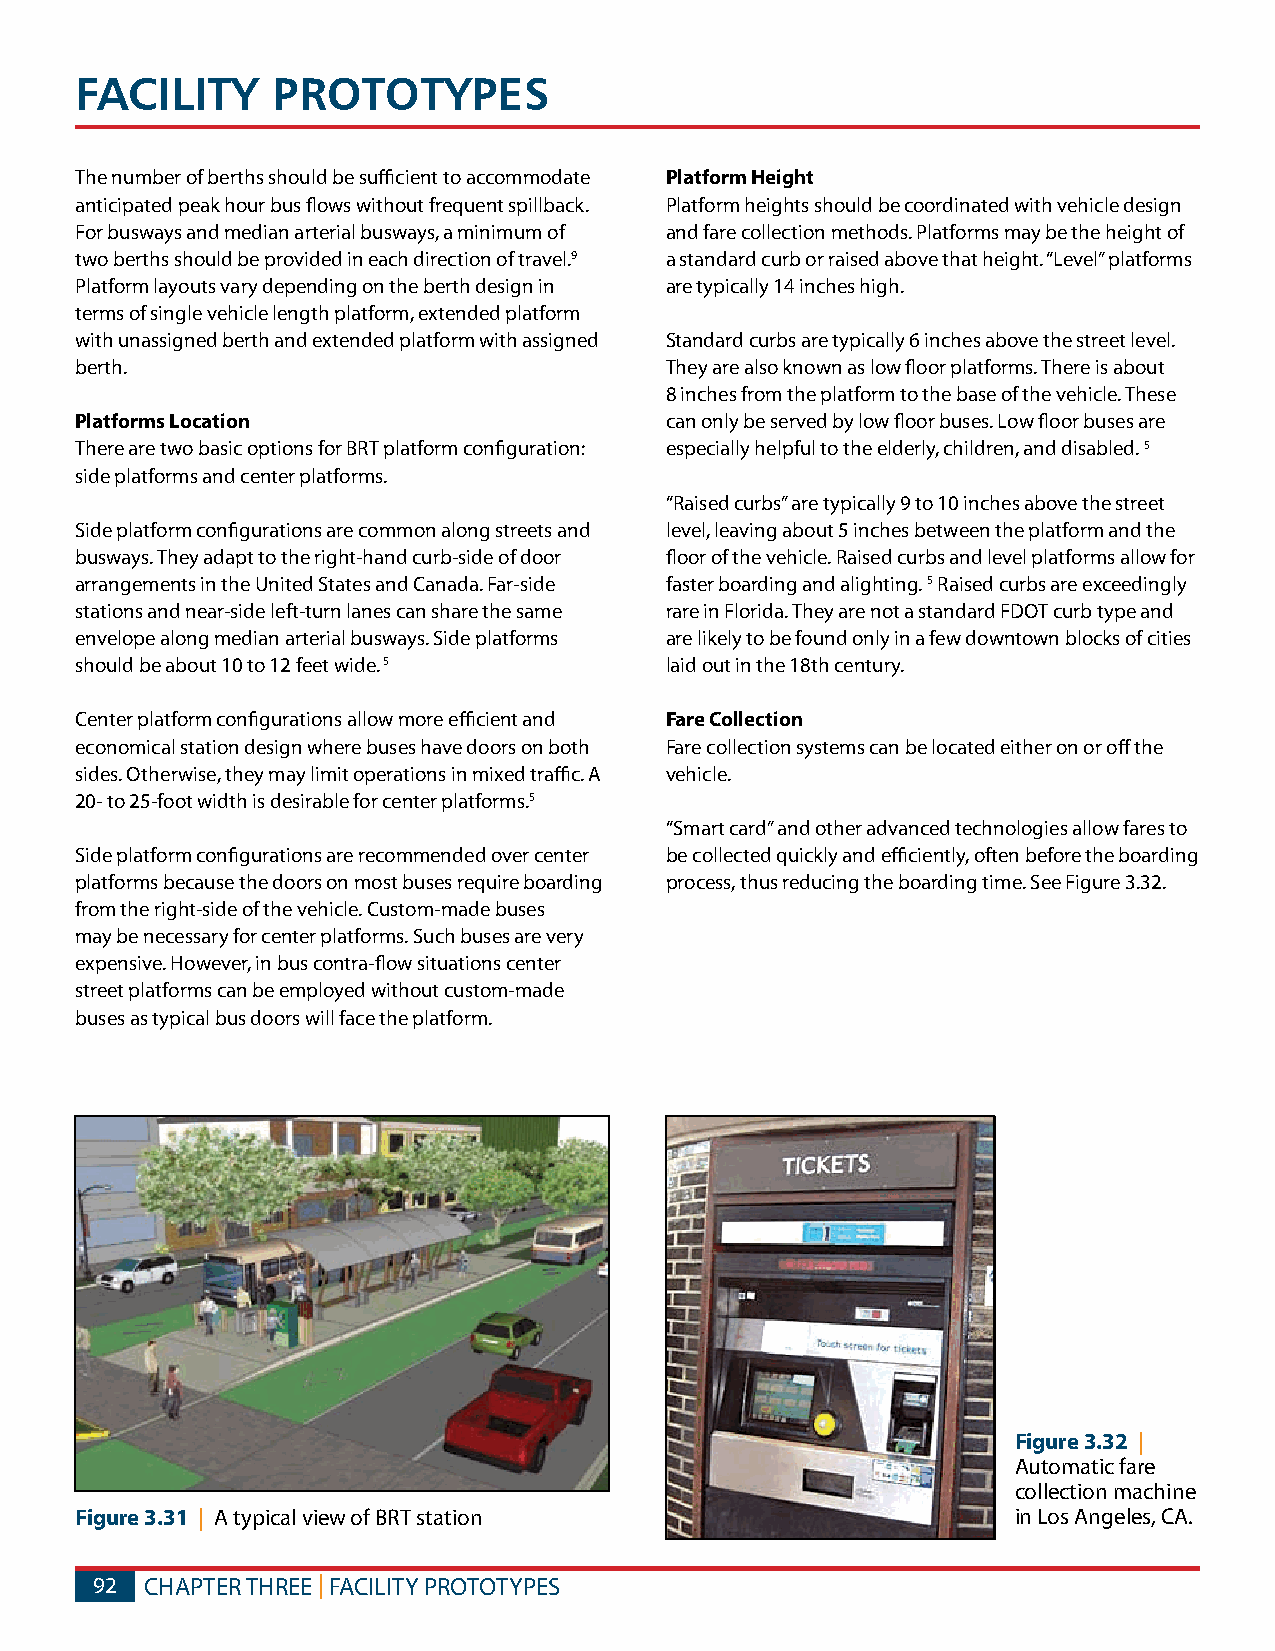
FACILITy     PROTOTyPES
 The number of berths should be sufficient to accommodate Platform Height
 anticipated peak hour bus flows without frequent spillback. Platform heights should be coordinated with vehicle design
 For busways and median arterial busways, a minimum of and fare collection methods. Platforms may be the height of
 two berths should be provided in each direction of travel.9 a standard curb or raised above that height. “Level” platforms
 Platform layouts vary depending on the berth design in are typically 14 inches high.
 terms of single vehicle length platform, extended platform
 with unassigned berth and extended platform with assigned Standard curbs are typically 6 inches above the street level.
 berth.                                 They are also known as low floor platforms. There is about
 8 inches from the platform to the base of the vehicle. These
 Platforms Location                     can only be served by low floor buses. Low floor buses are
 There are two basic options for BRT platform configuration: especially helpful to the elderly, children, and disabled. 5
 side platforms and center platforms.
 “Raised curbs” are typically 9 to 10 inches above the street
 Side platform configurations are common along streets and level, leaving about 5 inches between the platform and the
 busways. They adapt to the right-hand curb-side of door floor of the vehicle. Raised curbs and level platforms allow for
 arrangements in the United States and Canada. Far-side faster boarding and alighting. 5 Raised curbs are exceedingly
 stations and near-side left-turn lanes can share the same rare in Florida. They are not a standard FDOT curb type and
 envelope along median arterial busways. Side platforms are likely to be found only in a few downtown blocks of cities
 should be about 10 to 12 feet wide. 5  laid out in the 18th century.
 Center platform configurations allow more efficient and Fare Collection
 economical station design where buses have doors on both Fare collection systems can be located either on or off the
 sides. Otherwise, they may limit operations in mixed traffic. A vehicle.
 20- to 25-foot width is desirable for center platforms.5
 “Smart card” and other advanced technologies allow fares to
 Side platform configurations are recommended over center be collected quickly and efficiently, often before the boarding
 platforms because the doors on most buses require boarding process, thus reducing the boarding time. See Figure 3.32.
 from the right-side of the vehicle. Custom-made buses
 may be necessary for center platforms. Such buses are very
 expensive. However, in bus contra-flow situations center
 street platforms can be employed without custom-made
 buses as typical bus doors will face the platform.
 Figure 3.32 |
 Automatic fare
 collection machine
 Figure 3.31 | A typical view of BRT station                   in Los Angeles, CA.
 92  CHAPTER THREE | FACILITY PROTOTYPES